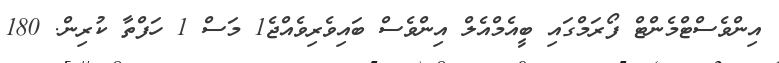
އިންވެސްޓްމެންޓް ފޯރަމްގައި ބީއެމްއެލް އިންވެސް ބައިވެރިވެއްޖެ1 މަސް 1 ހަފްތާ ކުރިން. 180